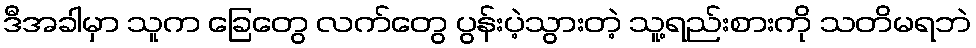
ဒီအခါမှာ သူက ခြေတွေ လက်တွေ ပွန်းပဲ့သွားတဲ့ သူ့ရည်းစားကို သတိမရဘဲ